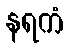
နရကံ